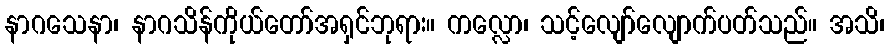
နာဂသေနာ၊ နာဂသိန်ကိုယ်တော်အရှင်ဘုရား။ ကလ္လော၊ သင့်လျော်လျောက်ပတ်သည်။ အသိ၊